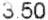
3.50